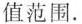
值范围。